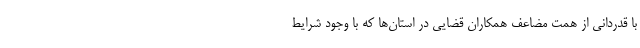
با قدردانی از همت مضاعف همکاران قضایی در استان‌ها که با وجود شرایط